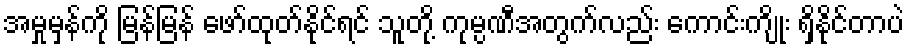
အမှုမှန်ကို မြန်မြန် ဖော်ထုတ်နိုင်ရင် သူတို့ ကုမ္ပဏီအတွက်လည်း ကောင်းကျိုး ရှိနိုင်တာပဲ